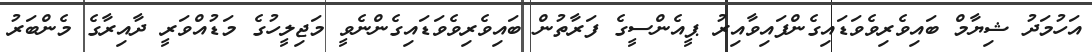
އަހުމަދު ޝިޔާމް ބައިވެރިވެވަޑައިގެންފައިވާއިރު ޕީއެންސީގެ ފަރާތުން ބައިވެރިވެވަޑައިގެންނެވީ މަޖިލީހުގެ މަޑުއްވަރީ ދާއިރާގެ މެންބަރު